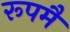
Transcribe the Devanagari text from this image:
रूपमै